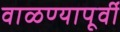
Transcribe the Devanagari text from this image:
वाळण्यापूर्वी